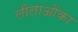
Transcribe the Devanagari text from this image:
लीलाओंका